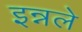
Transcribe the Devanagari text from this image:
इन्नले